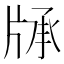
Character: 𤗓